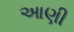
આણી